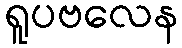
ရူပဗလေန